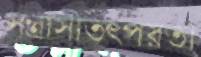
সন্ত্রাসীতৎপরতা